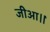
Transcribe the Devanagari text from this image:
जीआ।।